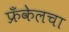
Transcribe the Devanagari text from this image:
फ्रँकेलचा